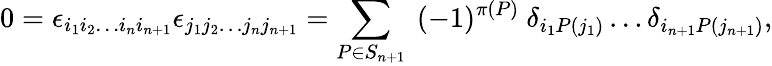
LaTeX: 0=\epsilon_{i_{1}i_{2}\dots i_{n}i_{n+1}}\epsilon_{j_{1}j_{2}\dots j_{n}j_{n+1}}=\sum_{P\in S_{n+1}}\ (-1)^{\pi(P)}\ \delta_{i_{1}P(j_{1})}\dots\delta_{i_{n+1}P(j_{n+1})},